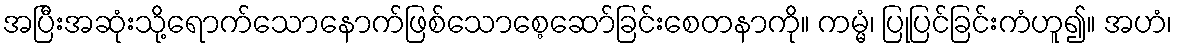
အပြီးအဆုံးသို့ရောက်သောနောက်ဖြစ်သောစေ့ဆော်ခြင်းစေတနာကို။ ကမ္မံ၊ ပြုပြင်ခြင်းကံဟူ၍။ အဟံ၊